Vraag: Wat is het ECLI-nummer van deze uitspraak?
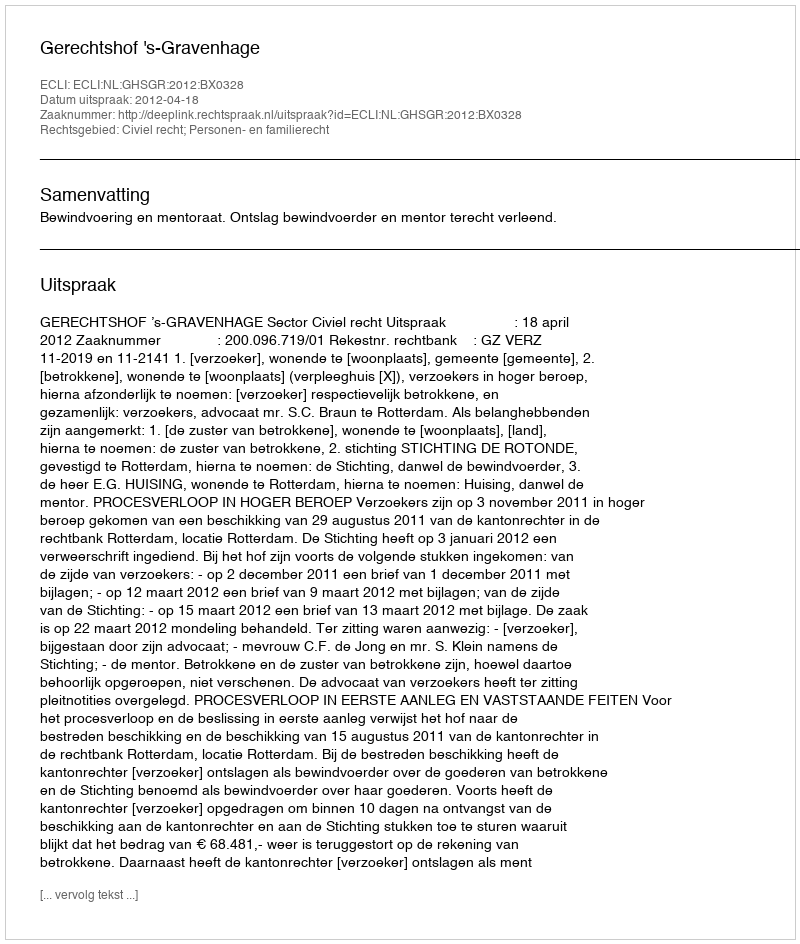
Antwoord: ECLI:NL:GHSGR:2012:BX0328